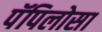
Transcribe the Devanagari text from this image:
पॅपिलोसा